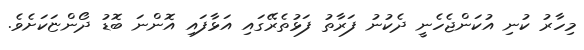
މިހާރު ކުނި އުކަންޖެހެނީ ދެކުނު ފަރާތު ފަޅުތެރޭގައި އަޅާފައި އޮންނަ ބޮޑު ދޯންޏަކަށެވެ.